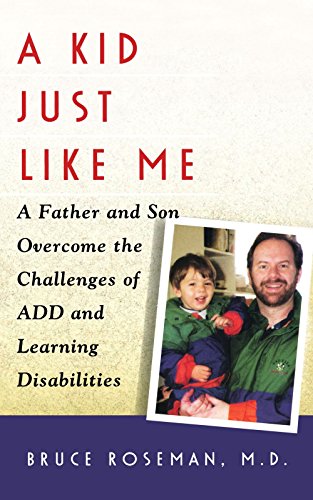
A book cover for A Kid Just Like Me: A Fatherr and Son Overcome the Challenges of ADD and Learning Disabilities; Bruce Roseman; Health, Fitness & Dieting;